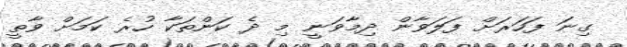
ގިނަ ފަހަރަށް ފަލަވާން ދިމާވަނީ މި ދެ ކަންތަކާ ހުރެ ކަމަށް ވާތީ